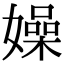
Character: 嬠